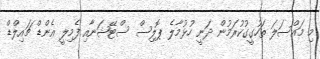
މި މައްސަލަ ތަހުގީގުކުރަމުން ދަނީ ހުޅުމާލެ ޕޮލިސް ސްޓޭޝަނާއި ފެމިލީ އެންޑް ޗައިލްޑް